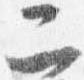
二